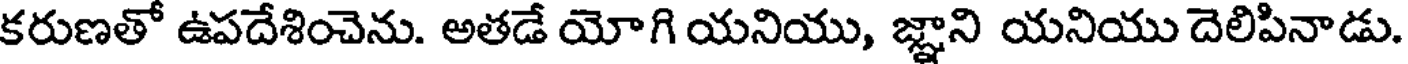
కరుణతో ఉపదేశించెను. అతడే యోగి యనియు, జ్ఞాని యనియు దెలిపినాడు.